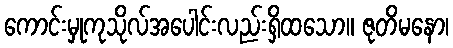
ကောင်းမှုကုသိုလ်အပေါင်းလည်းရှိထသော။ ဇုတိမနော၊